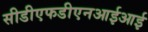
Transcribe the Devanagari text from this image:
सीडीएफडीएनआईआई